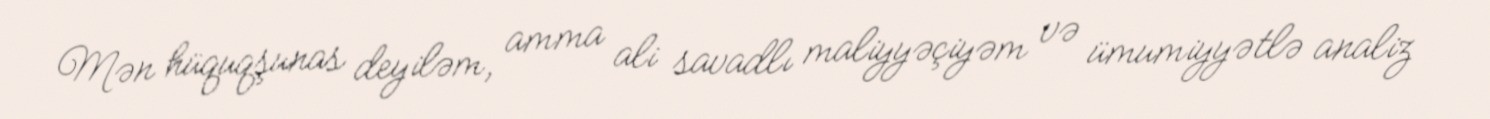
Mən hüquqşunas deyiləm, amma ali savadlı maliyyəçiyəm və ümumiyyətlə analiz